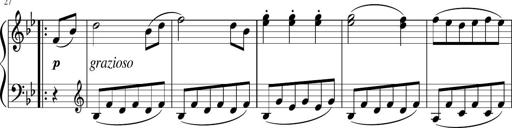
Title: 3 Sonatinen
Composer: Heinrich Lichner